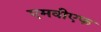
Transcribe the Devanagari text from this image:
एमवीएफ